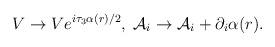
LaTeX: \begin{align*}V\rightarrow Ve^{i\tau_3\alpha (r)/2},\;{\mathcal{A}}_i\rightarrow {\mathcal{A}}_i +\partial_i\alpha (r).\end{align*}